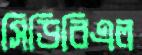
সিডিবিএল